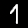
Digit: 1